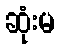
ဆုံးမ